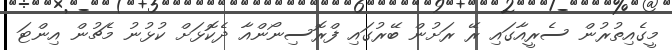
މީގެއިތުރުން ސެރީއާގައި ރޭ ރަށުން ބޭރުގައި ފްރޮސިނޯންއާ ދެކޮޅަށް ކުޅުނު މެޗުން އިންޓަ